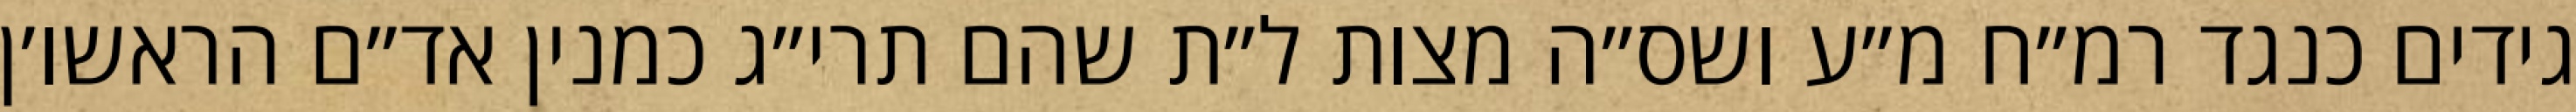
גידים כנגד רמ״ח מ״ע ושס״ה מצות ל״ת שהם תרי״ג כמנין אד״ם הראשו׳ן